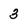
Character: 3